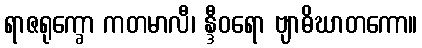
ရာဇရုက္ခော ကတမာလီ၊ န္ဒီဝရော ဗျာဓိဃာတကော။